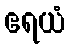
ဧရယံ